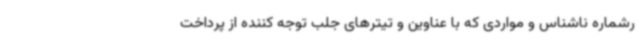
رشماره ناشناس و مواردی که با عناوین و تیترهای جلب توجه کننده از پرداخت